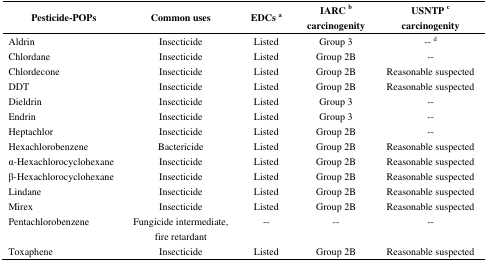
| Pesticide-POPs | Common uses | EDCsa | IARCbcarcinogenity | USNTPccarcinogenity |
 | --- | --- | --- | --- | --- |
 | Aldrin | Insecticide | Listed | Group 3 | -- d |
 | Chlordane | Insecticide | Listed | Group 2B | -- |
 | Chlordecone | Insecticide | Listed | Group 2B | Reasonable suspected |
 | DDT | Insecticide | Listed | Group 2B | Reasonable suspected |
 | Dieldrin | Insecticide | Listed | Group 3 | -- |
 | Endrin | Insecticide | Listed | Group 3 | -- |
 | Heptachlor | Insecticide | Listed | Group 2B | -- |
 | Hexachlorobenzene | Bactericide | Listed | Group 2B | Reasonable suspected |
 | α-Hexachlorocyclohexane | Insecticide | Listed | Group 2B | Reasonable suspected |
 | β-Hexachlorocyclohexane | Insecticide | Listed | Group 2B | Reasonable suspected |
 | Lindane | Insecticide | Listed | Group 2B | Reasonable suspected |
 | Mirex | Insecticide | Listed | Group 2B | Reasonable suspected |
 | Pentachlorobenzene | Fungicide intermediate, fire retardant | -- | -- | -- |
 | Toxaphene | Insecticide | Listed | Group 2B | Reasonable suspected |